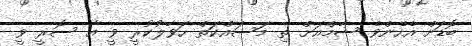
ބޮޑަށް އެހެންވެ ޝާމްއަށް ތި މަސައްކަތް ހަވާލުކުރީ ވީ އާ ސޮރީ ވީ